Plague in India, 1896, 1897 - Volume 1
Year: 1896
Disease focus: Plague
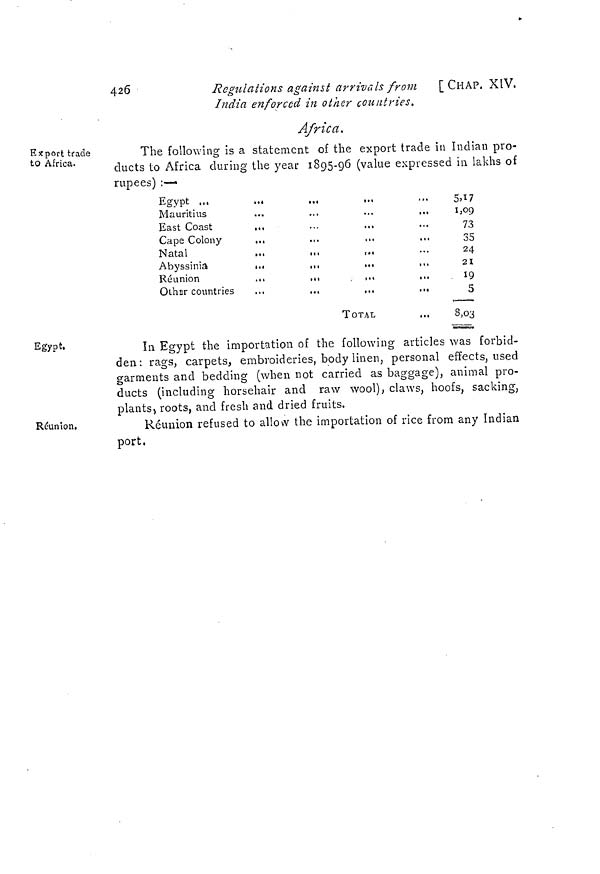
426
Regulations against arrivals from
[ CHAP. XIV.
India enforced in other countries.
Africa.
Export trade
to Africa.
The following is a statement of the export trade in Indian pro-
ducts to Africa during the year 1895-96 (value expressed in lakhs of
rupees) :—•
Egypt ,,,
Mauritius
...
...
...
...
East Coast
,,,
...
...
Cape Colony
...
.,.
,,,
,,,
Natal
Abyssinia
..,
,,,
,.,
,,,
Réunion
...
...
,,,
,,.
Other countries
...
,.,
,.,
.,,
TOTAL
...
5,17
1,09
73
35
24
21
19
5
8,03
Egypt.
In Egypt the importation of the following articles was forbid-
den: rags, carpets, embroideries, body linen, personal effects, used
garments and bedding (when not carried as baggage), animal pro-
ducts (including horsehair and raw wool), claws, hoofs, sacking,
plants, roots, and fresh and dried fruits.
Runion.
Réunion refused to allow the importation of rice from any Indian
port,